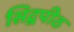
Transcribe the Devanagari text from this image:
सिद्वपीठ